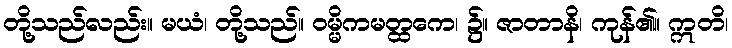
တို့သည်လည်း။ မယံ၊ တို့သည်။ ဝမ္မိကမတ္ထကေ၊ ၌။ ဇာတာနိ၊ ကုန်၏။ ဣတိ၊